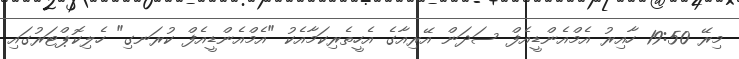
މިރޭ 19:50 ހާއިރު އެމްއެންޑީއެފް ސަދަން އޭރިއާގެ އެހީތެރިކަމާއެކު "އެމްއެންޑީއެފް ކުރަނގި" ހެލިކޮޕްޓަރުގައި